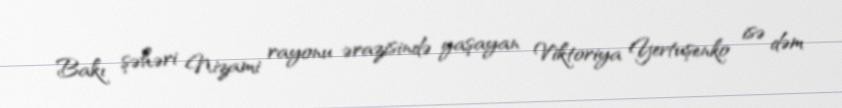
Bakı şəhəri Nizami rayonu ərazisində yaşayan Viktoriya Yevtuşenko isə dəm